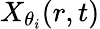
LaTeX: X_{\theta_{i}}(r,t)